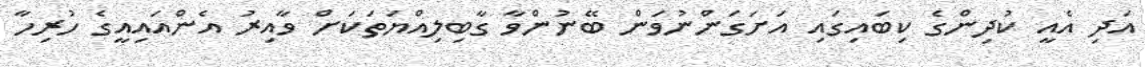
އަދި އެއީ ކުދިންގެ ކިބައިގައި އަށަގަންނުވަން ބޭނުންވާ ގާބިލިއްޔަތަކަށް ވާއިރު އެންއައިއީގެ ހުރިހާ